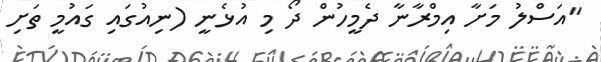
"އަސްލު މަށާ އިމްރާނާ ދެމީހުން ދޯ މި އުޅެނީ (ނިއުގައި ގައުމީ ތަށި